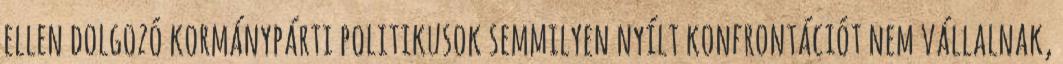
ellen dolgozó kormánypárti politikusok semmilyen nyílt konfrontációt nem vállalnak,